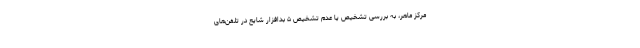
مرکز ماهر، به بررسی تشخیص یا عدم تشخیص ۵ بدافزار شایع در تلفن‌های